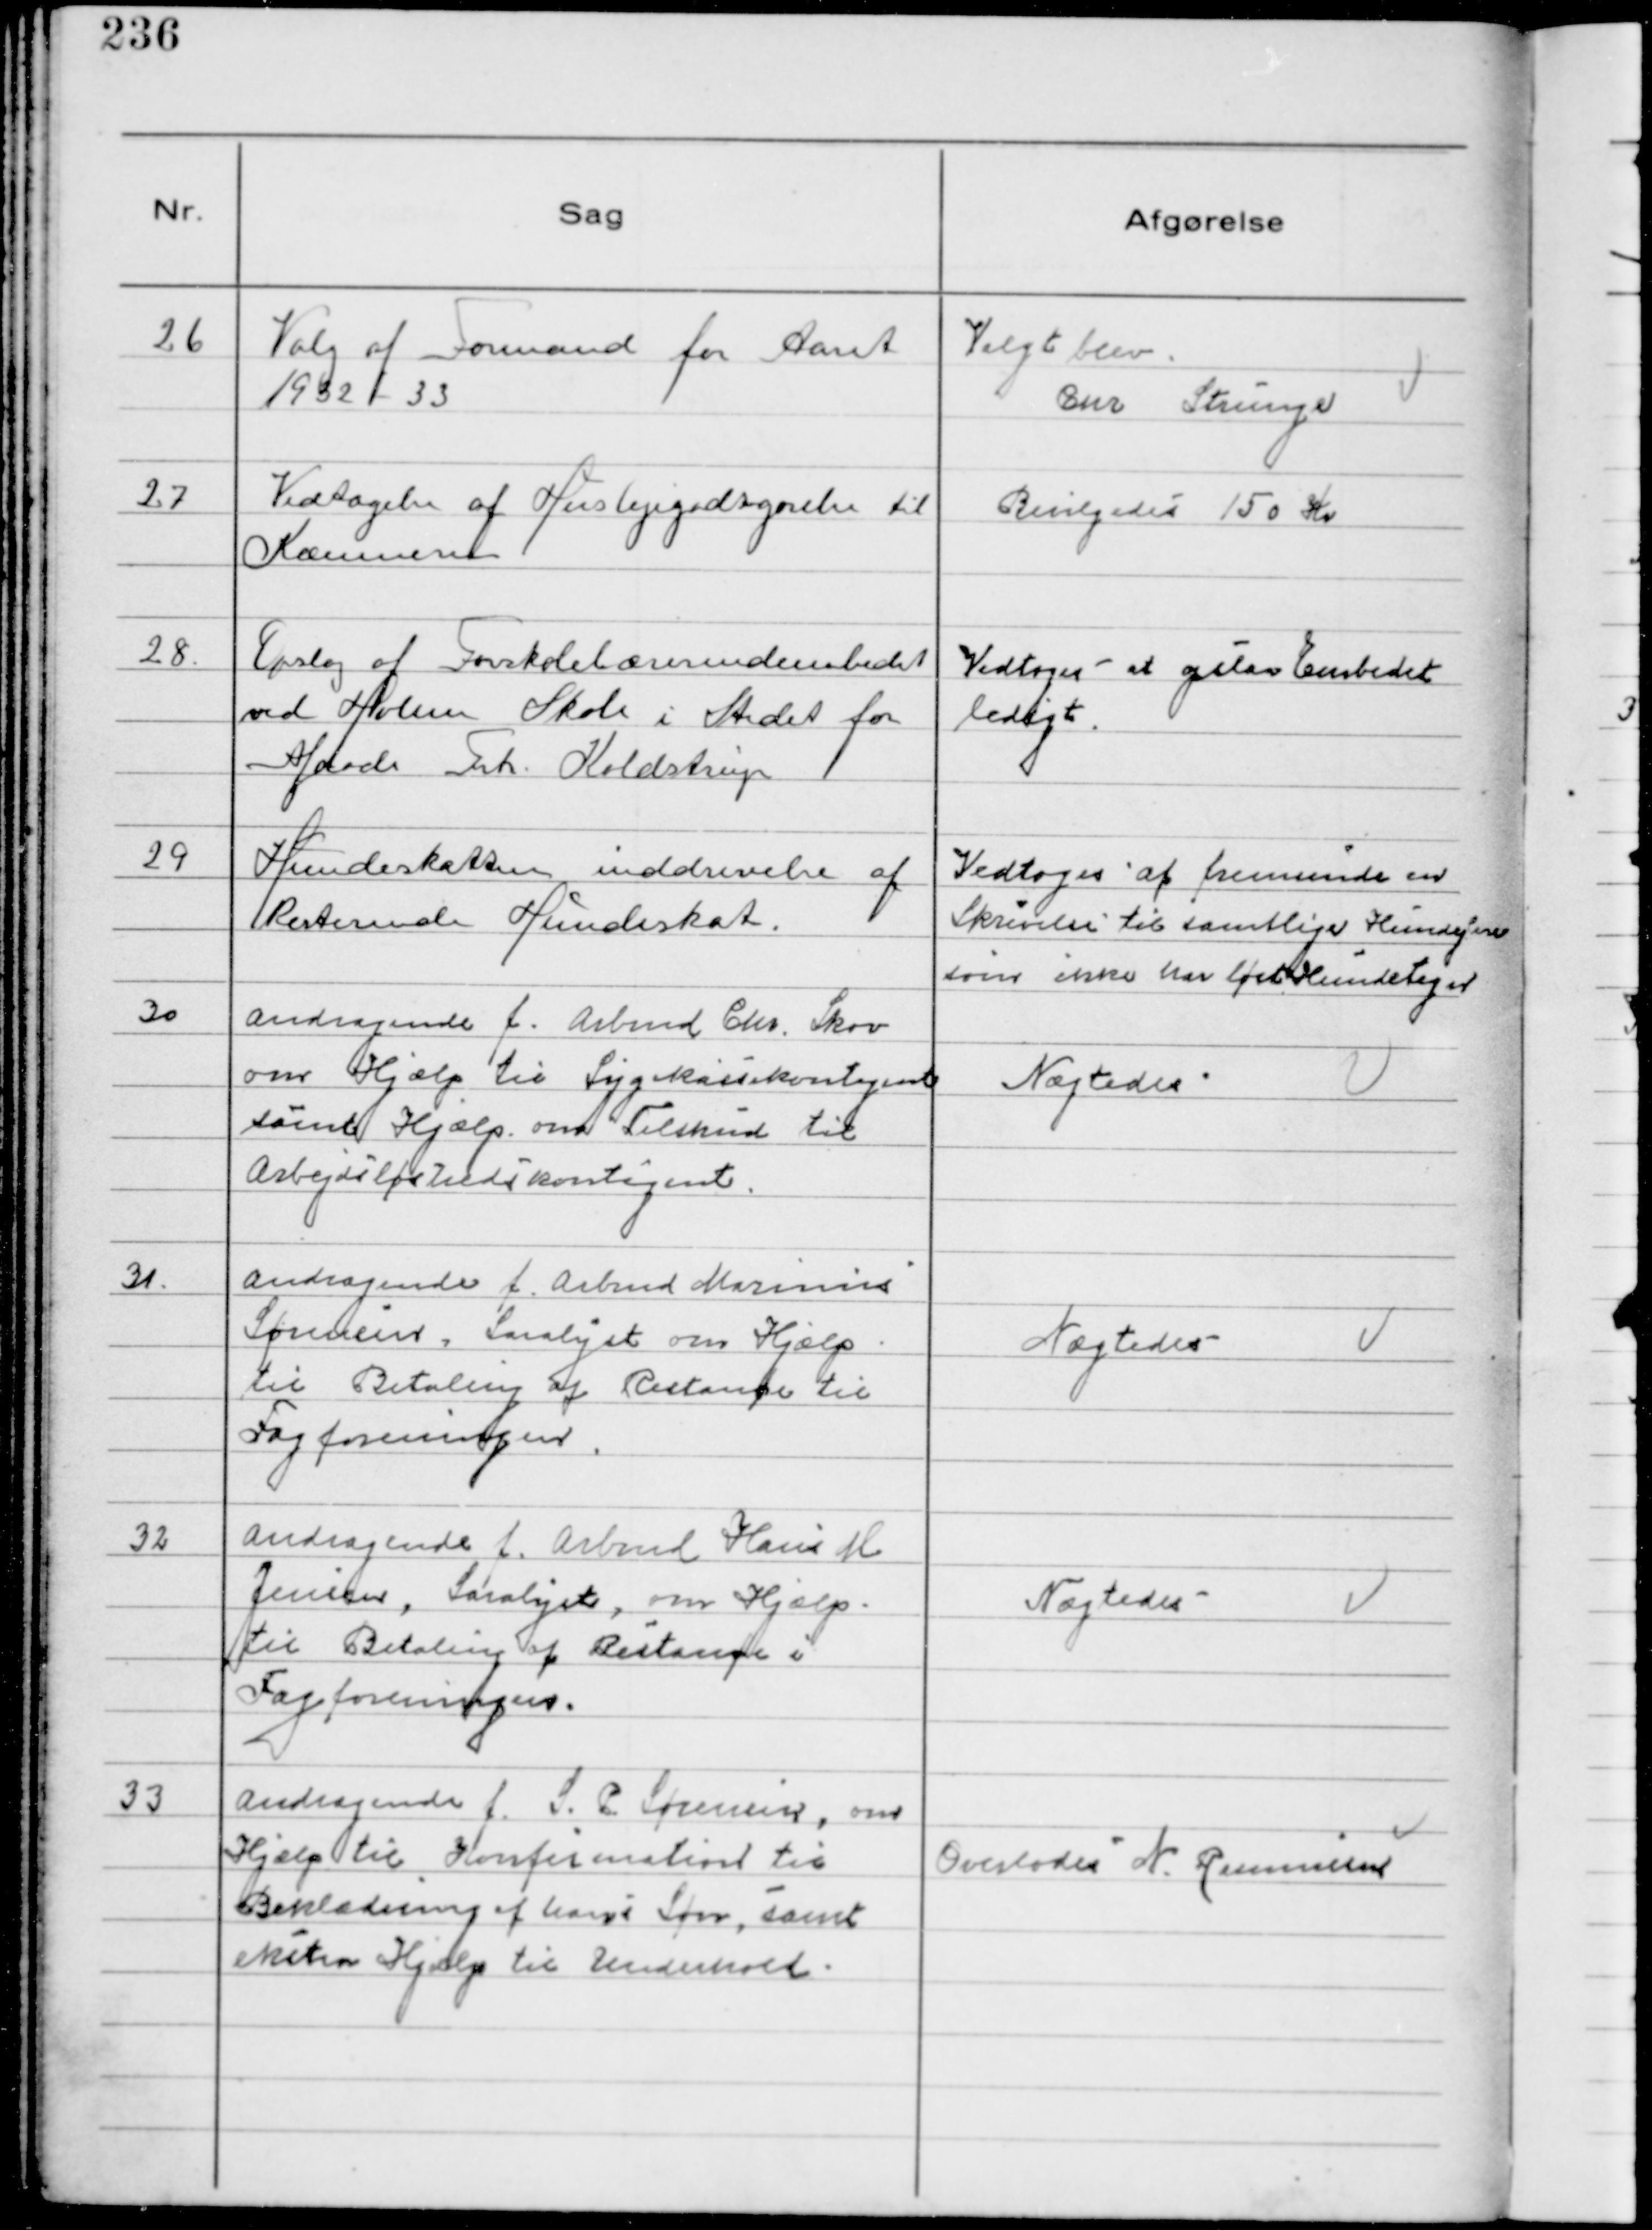
Transskription:
26
Valg af Formand for Aaret
1932-33

Valgt blev
Chr Strunge

27
Vedtagelse af Huslejegodtgørelse til
Kommunen

Bevilgedes 150 Kr

28.
Opslag af Forskolelærerindeembedet
ved Holme Skole i Stedet for
Afdøde Frk. Keldstrup

Vedtoges at opslaa Embedet
ledigt.

29
Hundeskatten inddrivelse af
Resterende Hundeskat.

Vedtoges at fremsende en
Skrivelse til samtlige Hundeejere
som ikke har løst Hundetegn

30
Andragende f. Arbmd Chr. Skov
om Hjælp til Sygekassekontigent
samt Hjælp om Tilskud til
Arbejdsløshedskontigent

Nægtedes

31.
Andragende f. Arbmd Marinus
Sørensen, Saralyst om Hjælp
til Betaling af Restance til
Fagforeningen.

Nægtedes

32
Andragende f. Arbmd Hans M
Jensen, Saralyst, om Hjælp
til Betaling af Restance i
Fagforeningen.

Nægtedes

33
Andragende f. S.P. Sørensen, om
Hjælp til Konfirmation til
Beklædning af hans Søn, samt
ekstra Hjælp til Underhold.

Overlodes N. Rasmussen